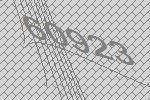
60923